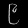
Digit: ၉